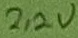
Text: 2,2V